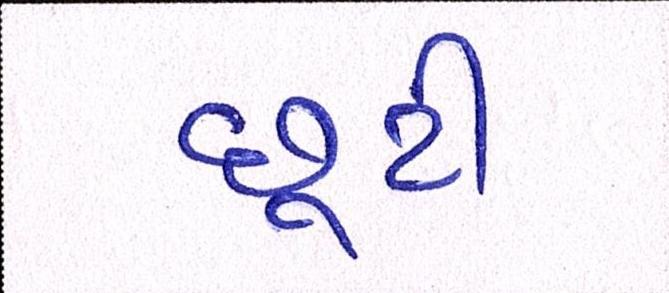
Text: છૂટી